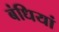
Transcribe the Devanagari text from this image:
बंधियां